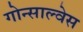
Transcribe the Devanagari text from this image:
गोन्साल्वेस